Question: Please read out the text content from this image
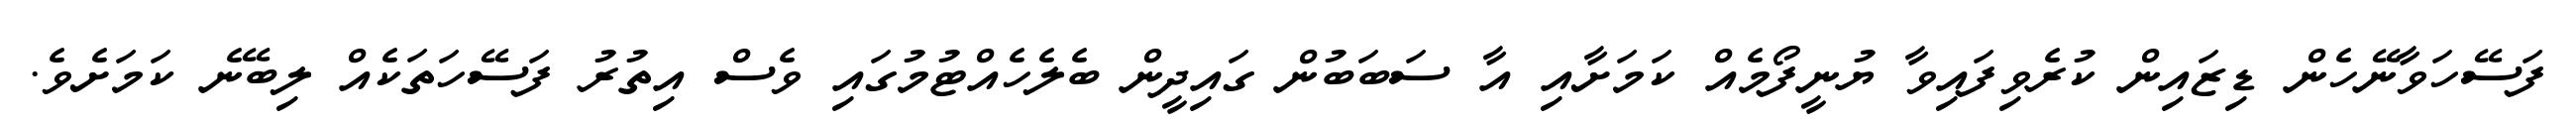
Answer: ފަސޭހަވާނޭހެން ޑިޒައިން ކުރެވިފައިވާ ޔުނީފޯމެއް ކަމަށާއި އާ ސަބަބުން ގައިދީން ބެލެހެއްޓުމުގައި ވެސް އިތުރު ފަސޭހަތަކެއް ލިބޭނެ ކަމަށެވެ.